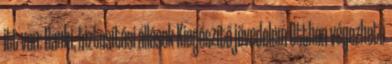
itt van: Banki, biztosítási állások Kiegészítő jövedelem Otthon végezhető